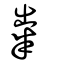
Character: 粜